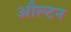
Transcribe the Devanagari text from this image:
औल्टन